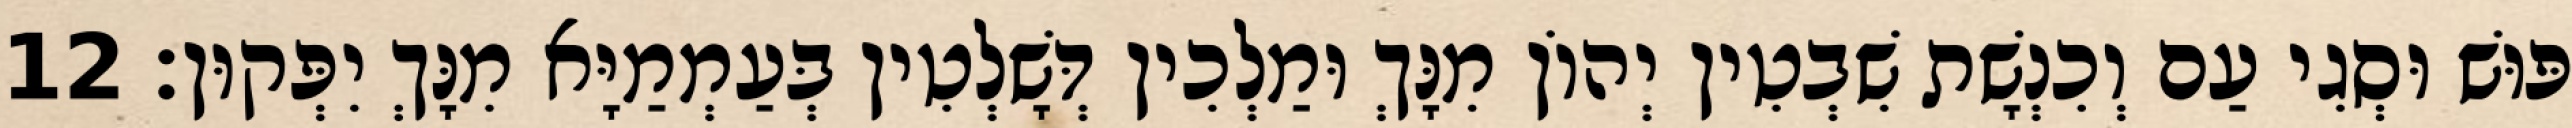
פּוּשׁ וּסְגִי עַם וְכִנְשָׁת שִׁבְטִין יְהוֹן מִנָּךְ וּמַלְכִין דְּשָׁלְטִין בְּעַמְמַיָּא מִנָּךְ יִפְּקוּן׃ 12